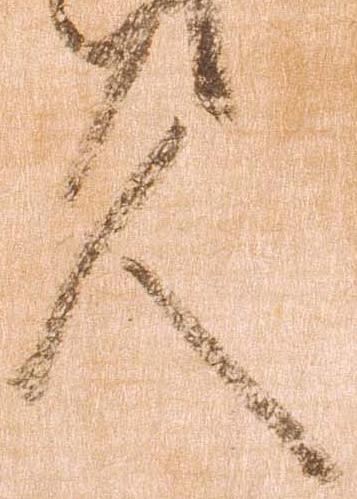
久